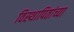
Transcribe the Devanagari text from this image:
विस्थापितांच्या